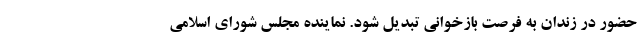
حضور در زندان به فرصت بازخوانی تبدیل شود. نماینده مجلس شورای اسلامی